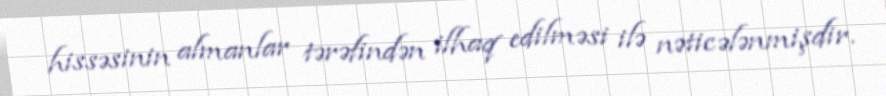
hissəsinin almanlar tərəfindən ilhaq edilməsi ilə nəticələnmişdir.